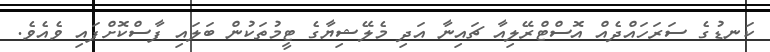
ކަނޑުގެ ސަރަހައްދެއް އޮސްޓްރޭލިއާ ޗައިނާ އަދި މެލޭޝިޔާގެ ޓީމުތަކުން ބަލައި ފާސްކޮށްފައި ވެއެވެ.